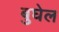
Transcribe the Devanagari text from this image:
बुघेल